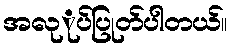
အလုုပ်ပြုတ်ပါတယ်။